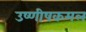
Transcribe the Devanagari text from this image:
उष्णीषकमल